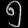
Digit: ၅